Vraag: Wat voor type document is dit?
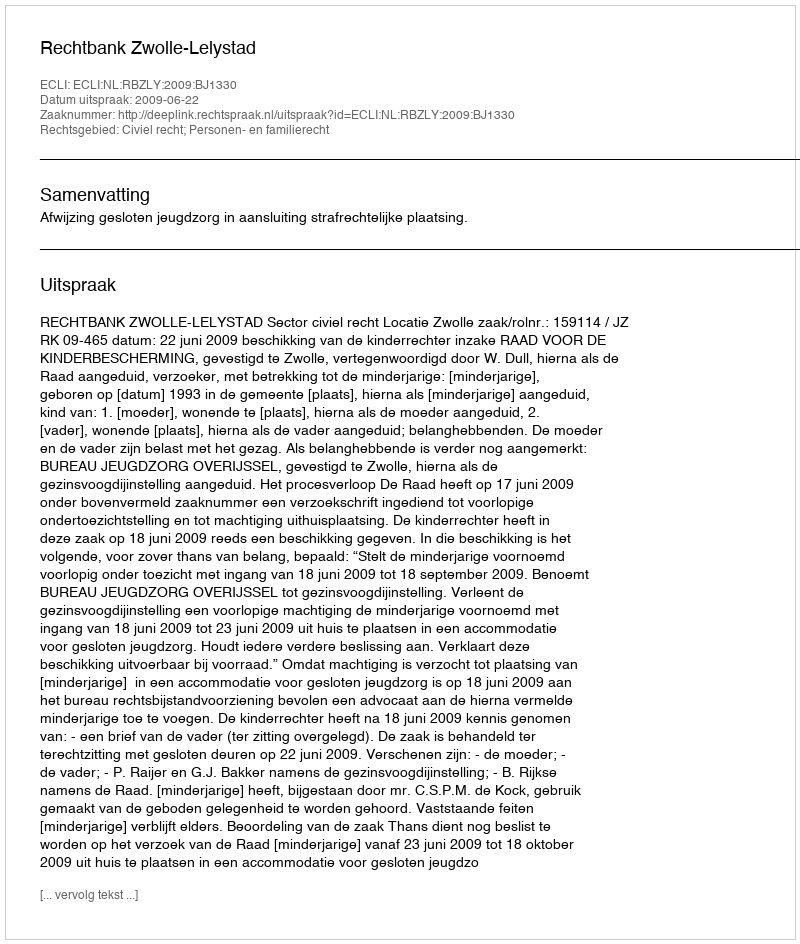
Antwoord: Uitspraak